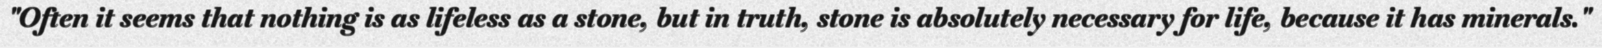
"Often it seems that nothing is as lifeless as a stone, but in truth, stone is absolutely necessary for life, because it has minerals."